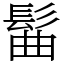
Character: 髷